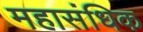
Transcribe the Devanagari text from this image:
महासंधिक